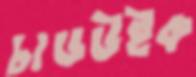
চাডউইক